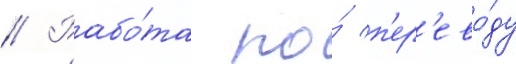
// Рабо́та по́ п'ер'ево́ду